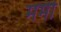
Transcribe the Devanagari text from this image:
मर्मी